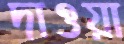
দাওয়া